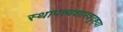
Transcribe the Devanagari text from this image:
स्थापत्त्यशास्त्रदृष्ट्या